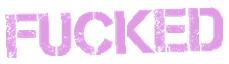
fucked